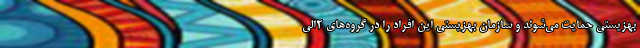
بهزیستی حمایت می‌شوند و سازمان بهزیستی این افراد را در گروه‌های ۲الی